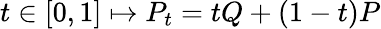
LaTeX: t\in[0,1]\mapsto P_{t}=tQ+(1-t)P